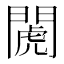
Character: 𨵘